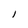
Character: 1